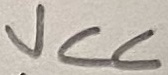
Text: VCC